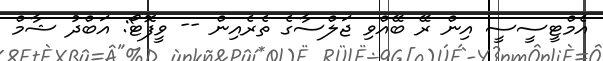
އެމްޓީސީސީ އިން ރޭ ބޭއްވި ޖަލްސާގެ ތެރެއިން -- ވީފޮޓޯ: އަބްދު ޝާމް